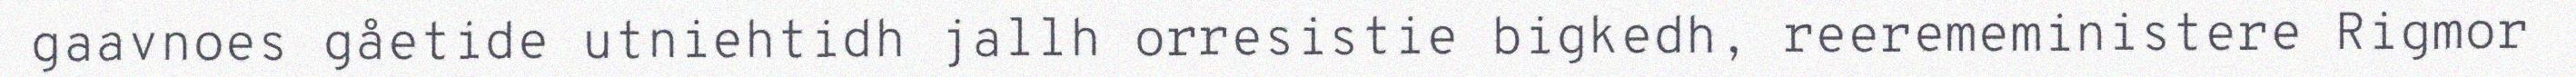
gaavnoes gåetide utniehtidh jallh orresistie bigkedh, reeremeministere Rigmor